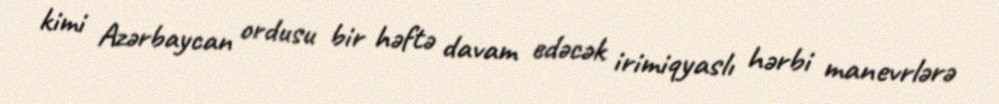
kimi Azərbaycan ordusu bir həftə davam edəcək irimiqyaslı hərbi manevrlərə